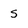
Character: S